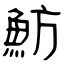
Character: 魴